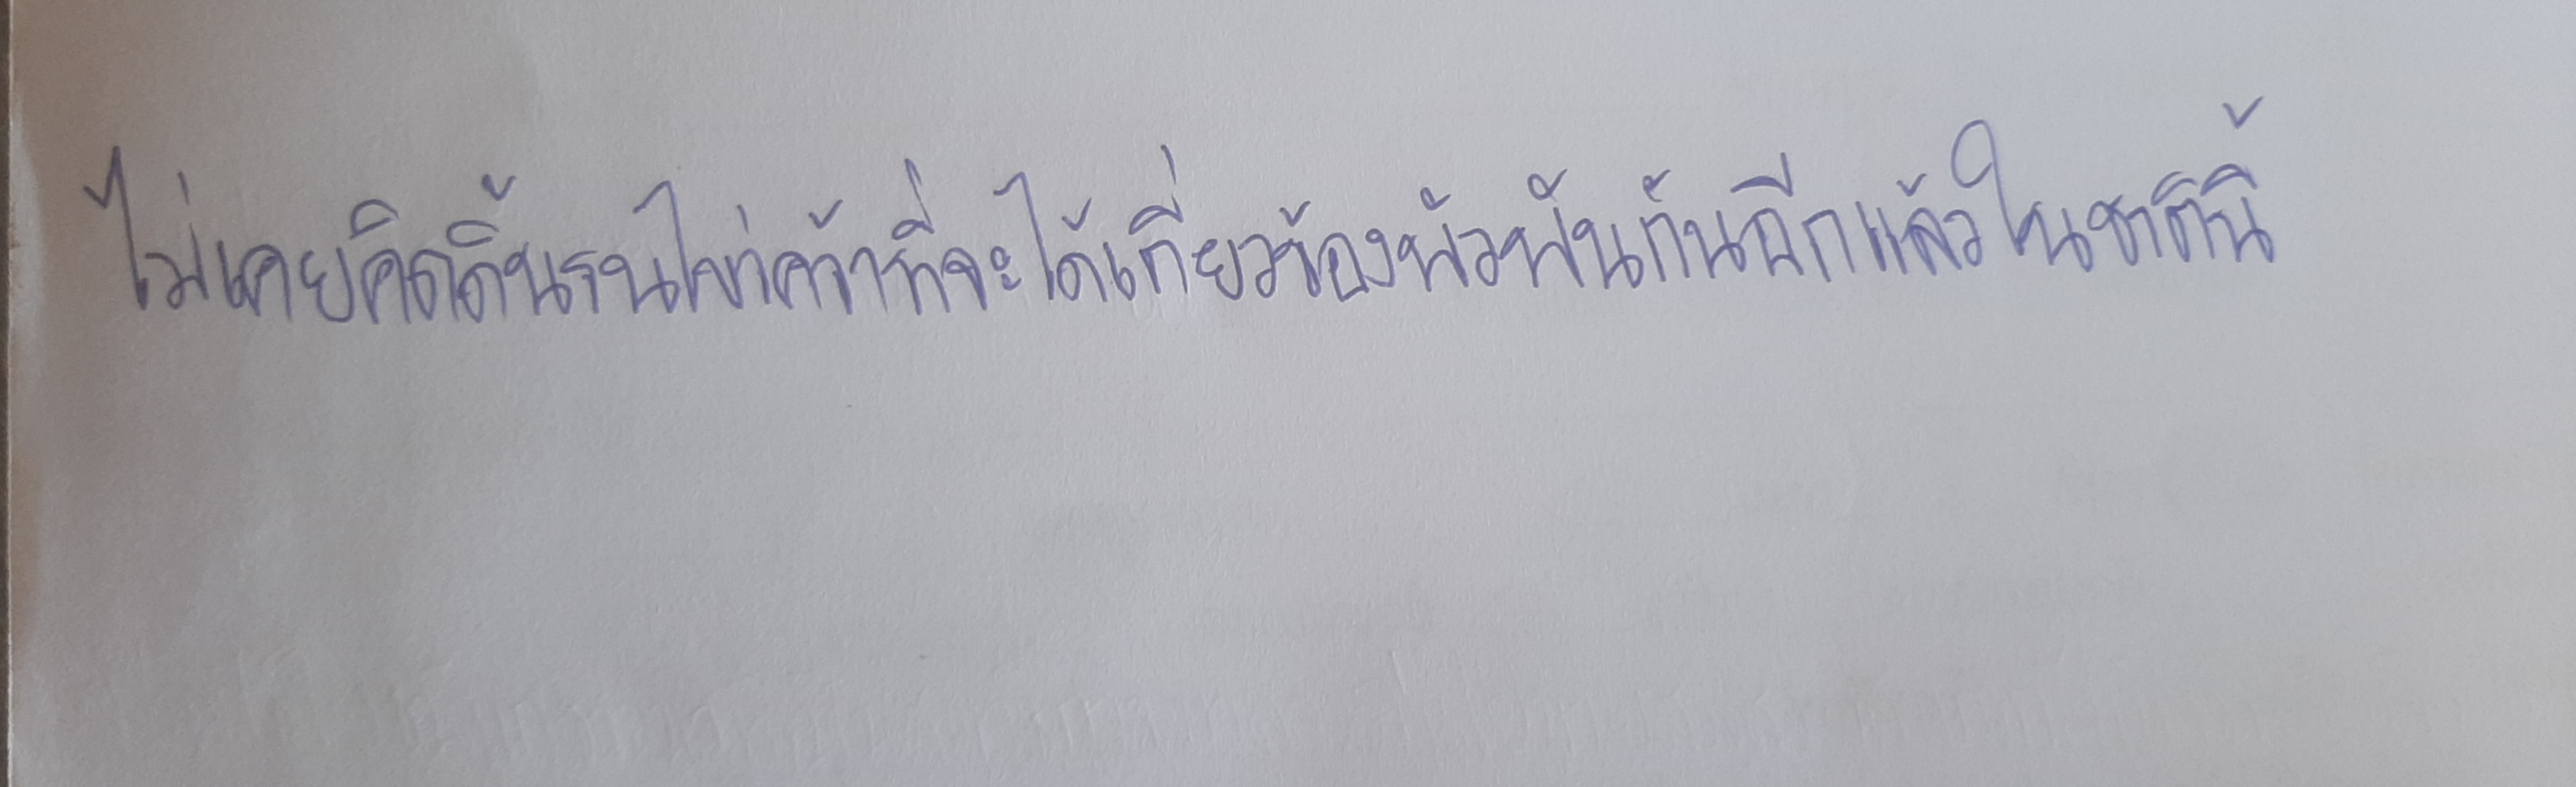
ไม่เคยคิดดิ้นรนไขว่คว้าที่จะได้เกี่ยวข้องพัวพันกันอีกแล้วในชาตินี้